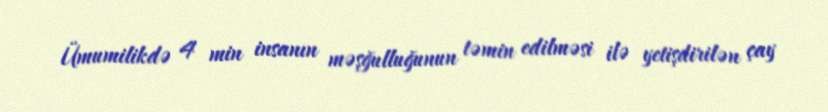
Ümumilikdə 4 min insanın məşğulluğunun təmin edilməsi ilə yetişdirilən çay